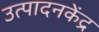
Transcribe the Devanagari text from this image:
उत्पादनकेंद्र